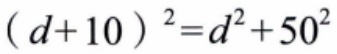
\((d + 10)^2 = d^2 + 50^2\)